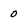
Character: 0